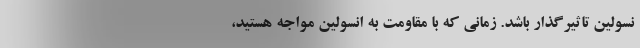
نسولین تاثیرگذار باشد. زمانی که با مقاومت به انسولین مواجه هستید،